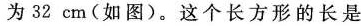
为32cm(如图)。这个长方形的长是